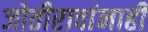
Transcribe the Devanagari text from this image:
जोतीरावांनाही